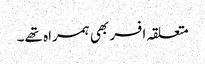
متعلقہ افسر بھی ہمراہ تھے۔